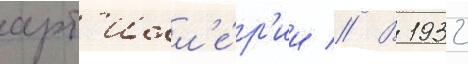
арт'илл'е́р'ии // В 1932